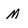
Character: M